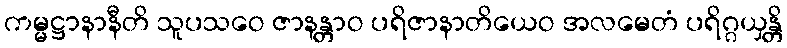
ကမ္မဋ္ဌာနာနီတိ သူပသဝေ ဇာနန္တာဝ ပရိဇာနာတိယေဝ အလမေတံ ပရိဂ္ဂယှန္တိ